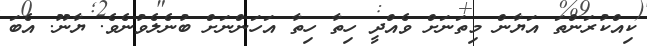
ކިއްކުރަންތަ އަޔާން މިތަނަށް ވެއްދީ ހިތާ ހިތާ އަހަންނަށް ބުނެލެވުނެވެ. ޔާނޫ. އެބަ